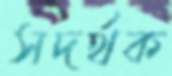
সদর্থক